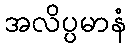
အလိပ္ပမာနံ